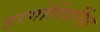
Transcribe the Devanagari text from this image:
हरगोविंदसिंह